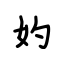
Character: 妁